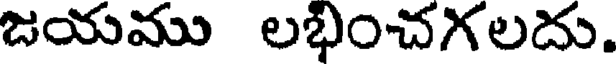
జయము లభించగలదు.